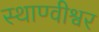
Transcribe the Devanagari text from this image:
स्थाण्वीश्वर